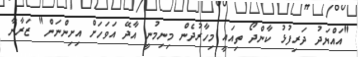
"އައްޔަދު ދަރިފުޅު ކާންދޯ ތިއައީ މިހާރުދެން މިނިމުނީ އާދޭ އަވަހަށް އިށިންނަން" ޒަރާނާ